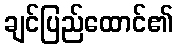
ချင်ပြည်ထောင်၏